Indian journal of veterinary science and animal husbandry - Volume 5,
Year: 1935
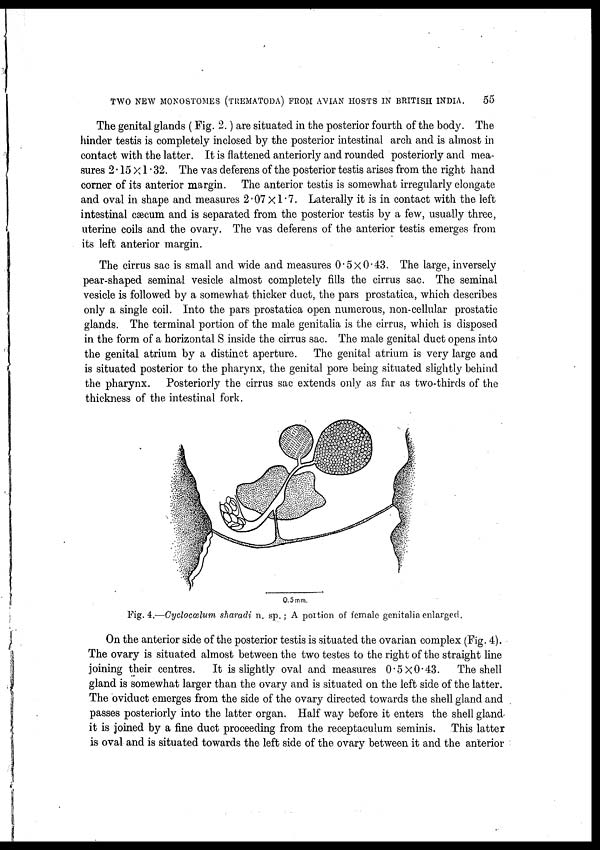
TWO NEW MONOSTOMES (TREMATODA) FROM AVIAN HOSTS IN BRITISH INDIA.
55
The genital glands ( Fig. 2.) are situated in the posterior fourth of the body. The
hinder testis is completely inclosed by the posterior intestinal arch and is almost in
contact with the latter. It is flattened anteriorly and rounded posteriorly and mea-
sures 2.15 × 1.32. The vas deferens of the posterior testis arises from the right hand
corner of its anterior margin. The anterior testis is somewhat irregularly elongate
and oval in shape and measures 2.07 × 1.7. Laterally it is in contact with the left
intestinal cæcum and is separated from the posterior testis by a few, usually three,
uterine coils and the ovary. The vas deferens of the anterior testis emerges from
its left anterior margin.
The cirrus sac is small and wide and measures 0.5 × 0.43. The large, inversely
pear-shaped seminal vesicle almost completely fills the cirrus sac. The seminal
vesicle is followed by a somewhat thicker duct, the pars prostatica, which describes
only a single coil. Into the pars prostatica open numerous, non-cellular prostatic
glands. The terminal portion of the male genitalia is the cirrus, which is disposed
in the form of a horizontal S inside the cirrus sac. The male genital duct opens into
the genital atrium by a distinct aperture. The genital atrium is very large and
is situated posterior to the pharynx, the genital pore being situated slightly behind
the pharynx. Posteriorly the cirrus sac extends only as far as two-thirds of the
thickness of the intestinal fork.
Fig. 4.—Cyclocœlum sharadi n. sp. ; A portion of female genitalia enlarged,
On the anterior side of the posterior testis is situated the ovarian complex (Fig. 4).
The ovary is situated almost between the two testes to the right of the straight line
joining their centres.
It is slightly oval and measures 0.5 × 0.43.
The shell
gland is somewhat larger than the ovary and is situated on the left side of the latter.
The oviduct emerges from the side of the ovary directed towards the shell gland and
passes posteriorly into the latter organ. Half way before it enters the shell gland
it is joined by a fine duct proceeding from the receptaculum seminis. This latter
is oval and is situated towards the left side of the ovary between it and the anterior